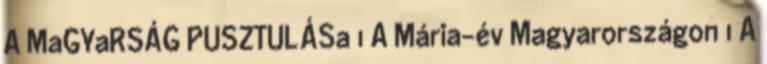
A MaGYaRSÁG PUSZTULÁSa 1 A Mária-év Magyarországon 1 A